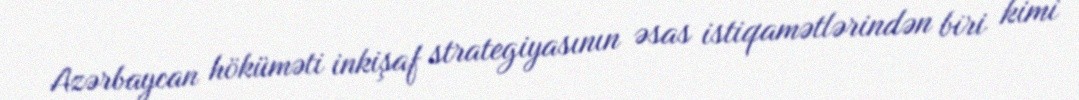
Azərbaycan höküməti inkişaf strategiyasının əsas istiqamətlərindən biri kimi